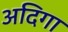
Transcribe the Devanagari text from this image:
अदिगा